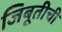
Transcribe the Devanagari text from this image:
जिबूतीची